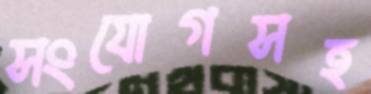
সংযোগসহ